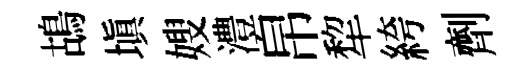
鴣填嫂澧帛犂絝劑